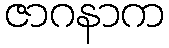
ဇာဂနာက